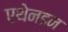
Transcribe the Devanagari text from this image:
एथेनडन